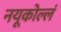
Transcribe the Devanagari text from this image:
नयूकोल्लं